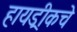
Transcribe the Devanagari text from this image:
हायड्रीकचे